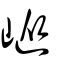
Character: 嵷